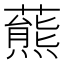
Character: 𧀛